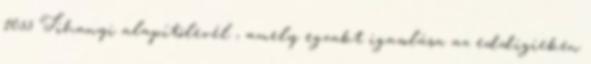
1055 Tihanyi alapítólevél , amely egzakt igazolása az eddigieken